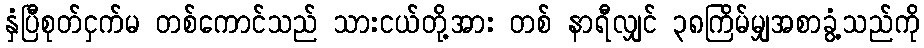
နှံပြီစုတ်ငှက်မ တစ်ကောင်သည် သားငယ်တို့အား တစ် နာရီလျှင် ၃၈ကြိမ်မျှအစာခွံ့သည်ကို